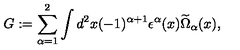
G : = \sum _ { \alpha = 1 } ^ { 2 } \int d ^ { 2 } x ( - 1 ) ^ { \alpha + 1 } \epsilon ^ { \alpha } ( x ) \widetilde \Omega _ { \alpha } ( x ) ,